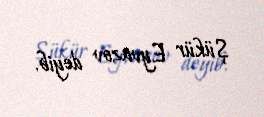
Şükür Eyvazov deyib.